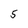
Character: 5